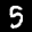
Label: 5